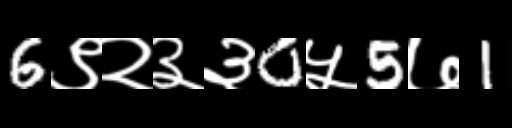
Text: 6९२३३0५5७1